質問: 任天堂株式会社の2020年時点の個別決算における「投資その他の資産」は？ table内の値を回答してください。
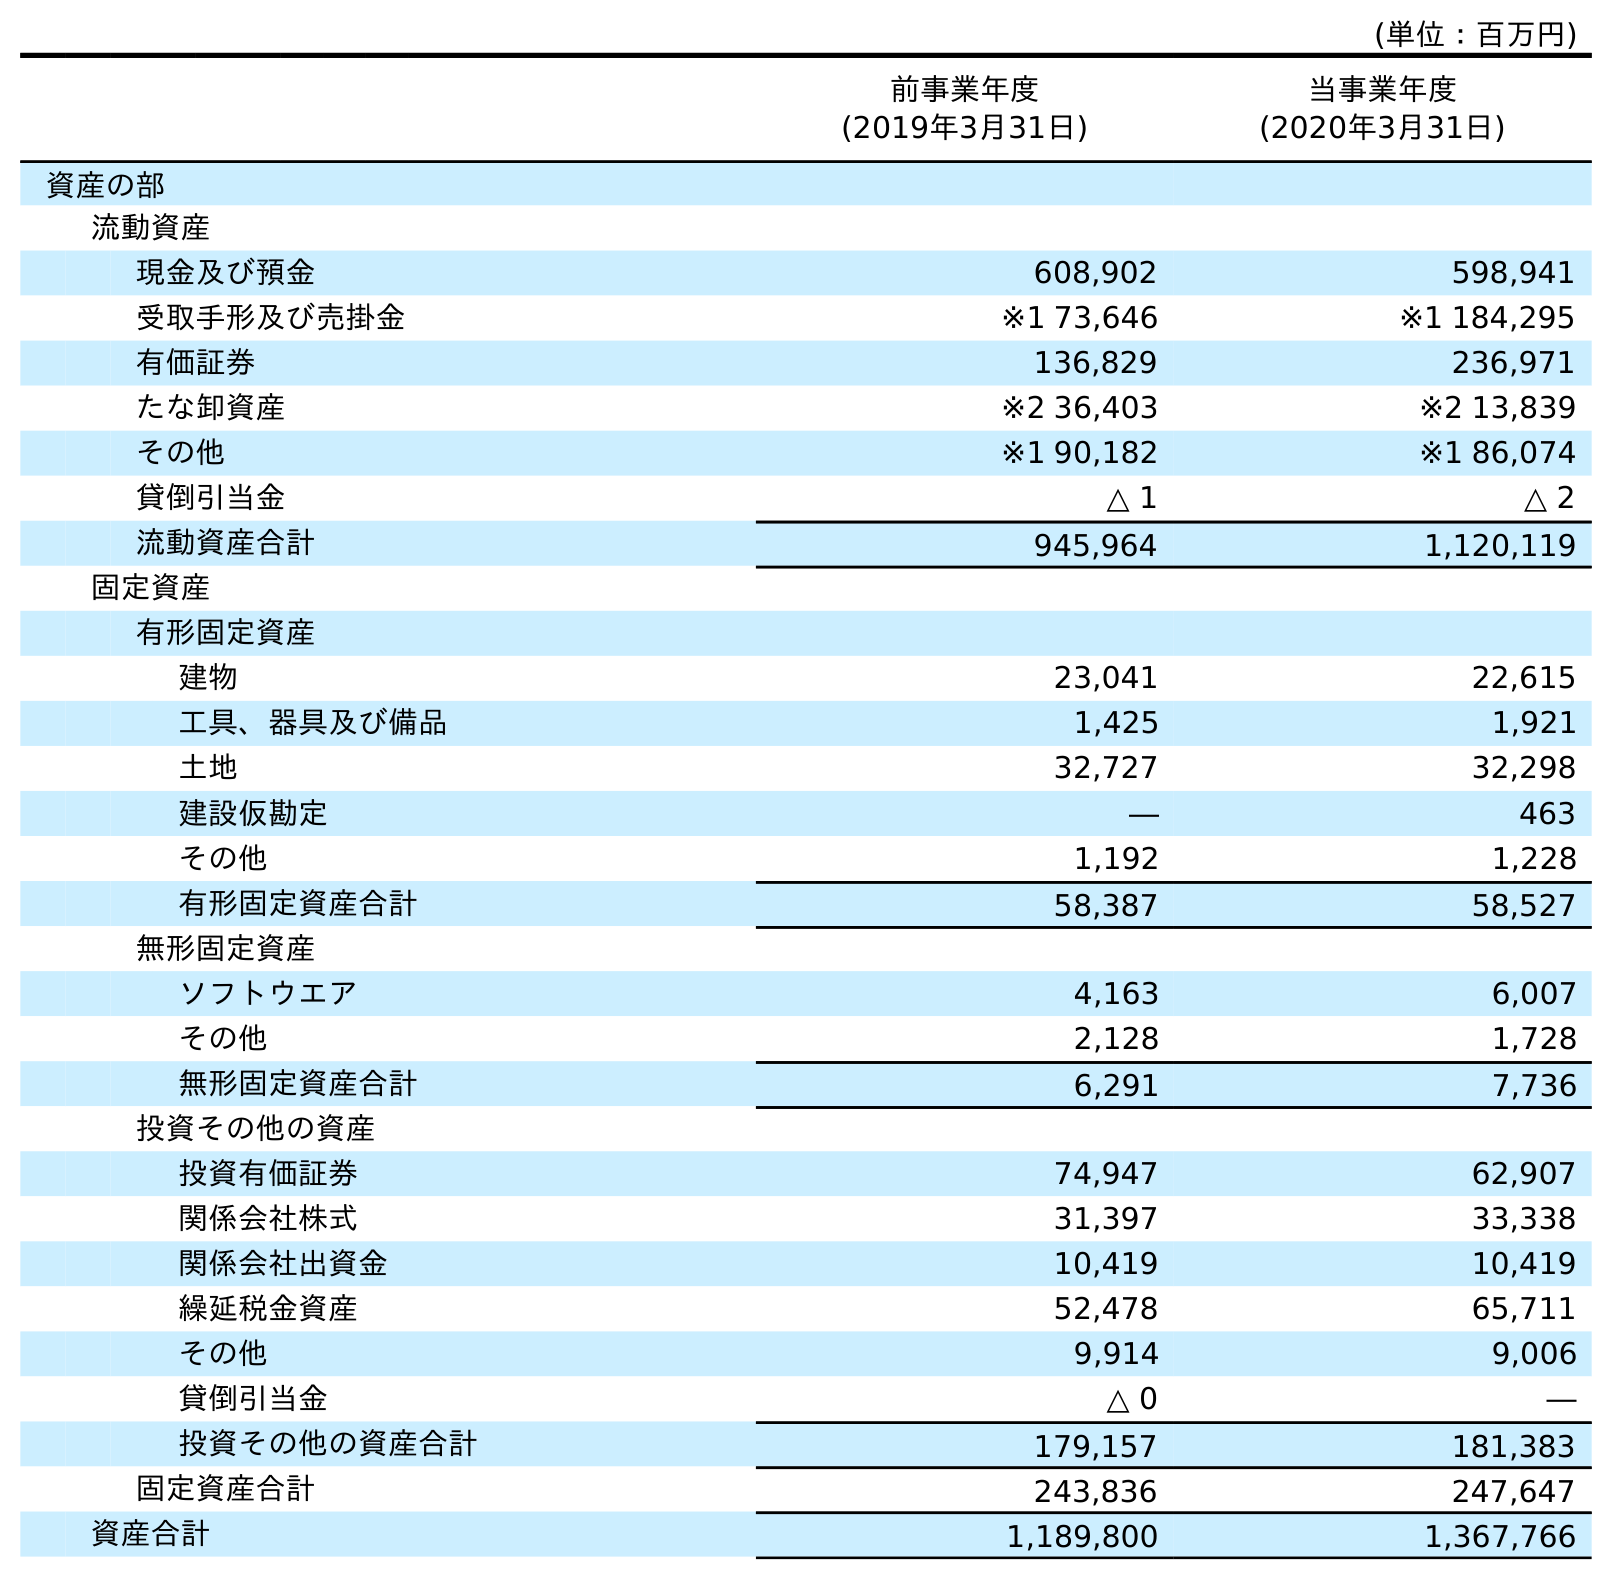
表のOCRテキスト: (単位：百万円) 前事業年度 (2019年3月31日) 当事業年度 (2020年3月31日) 資産の部 流動資産 現金及び預金 608,902 598,941 受取手形及び売掛金 ※1 73,646 ※1 184,295 有価証券 136,829 236,971 たな卸資産 ※2 36,403 ※2 13,839 その他 ※1 90,182 ※1 86,074 貸倒引当金 △ 1 △ 2 流動資産合計 945,964 1,120,119 固定資産 有形固定資産 建物 23,041 22,615 工具、器具及び備品 1,425 1,921 土地 32,727 32,298 建設仮勘定 ― 463 その他 1,192 1,228 有形固定資産合計 58,387 58,527 無形固定資産 ソフトウエア 4,163 6,007 その他 2,128 1,728 無形固定資産合計 6,291 7,736 投資その他の資産 投資有価証券 74,947 62,907 関係会社株式 31,397 33,338 関係会社出資金 10,419 10,419 繰延税金資産 52,478 65,711 その他 9,914 9,006 貸倒引当金 △ 0 ― 投資その他の資産合計 179,157 181,383 固定資産合計 243,836 247,647 資産合計 1,189,800 1,367,766
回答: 181,383